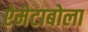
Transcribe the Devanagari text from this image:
ऐमेटाबोला